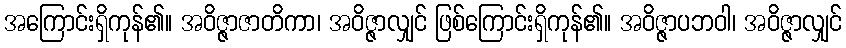
အကြောင်းရှိကုန်၏။ အဝိဇ္ဇာဇာတိကာ၊ အဝိဇ္ဇာလျှင် ဖြစ်ကြောင်းရှိကုန်၏။ အဝိဇ္ဇာပဘဝါ၊ အဝိဇ္ဇာလျှင်